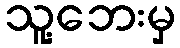
သူ့ဘေးမှ